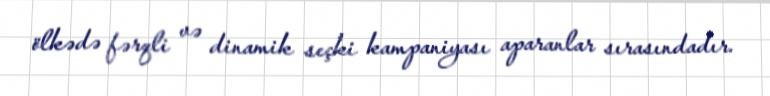
ölkədə fərqli və dinamik seçki kampaniyası aparanlar sırasındadır.